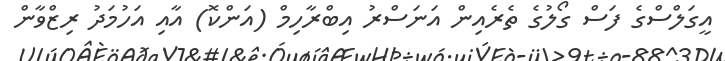
އީގަލްސްގެ ފަސް ގޯލުގެ ތެރެއިން އަނަސްރު އިބްރާހިމް (އަންކޮ) އާއި އަހުމަދު ރިޒްވާން